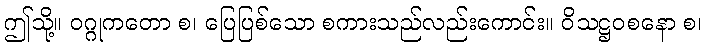
ဤသို့။ ဝဂ္ဂုကတော စ၊ ပြေပြစ်သော စကားသည်လည်းကောင်း။ ဝိသဋ္ဌဝစနော စ၊